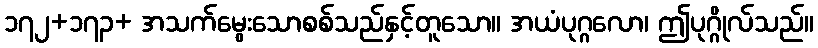
၁၇၂+၁၇၃+ အသက်မွေးသောစစ်သည်နှင့်တူသော။ အယံပုဂ္ဂလော၊ ဤပုဂ္ဂိုလ်သည်။